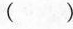
( )